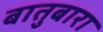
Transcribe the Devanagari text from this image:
बातुबारा